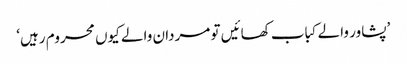
’پشاور والے کباب کھائیں تو مردان والے کیوں محروم رہیں‘